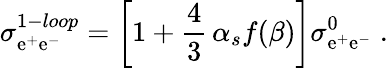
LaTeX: \sigma_{\mathrm{e}^{+}\mathrm{e}^{-}}^{1-loop}=\left[1+\frac{{4}}{{3}}\, \alpha_{s}f(\beta)\right]\sigma_{\mathrm{e}^{+}\mathrm{e}^{-}}^{0}\; .